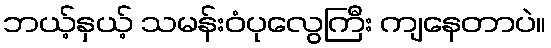
ဘယ့်နှယ့် သမန်းဝံပုလွေကြီး ကျနေတာပဲ။